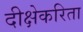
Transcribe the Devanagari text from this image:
दीक्षेकरिता